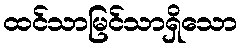
ထင်သာမြင်သာရှိသော